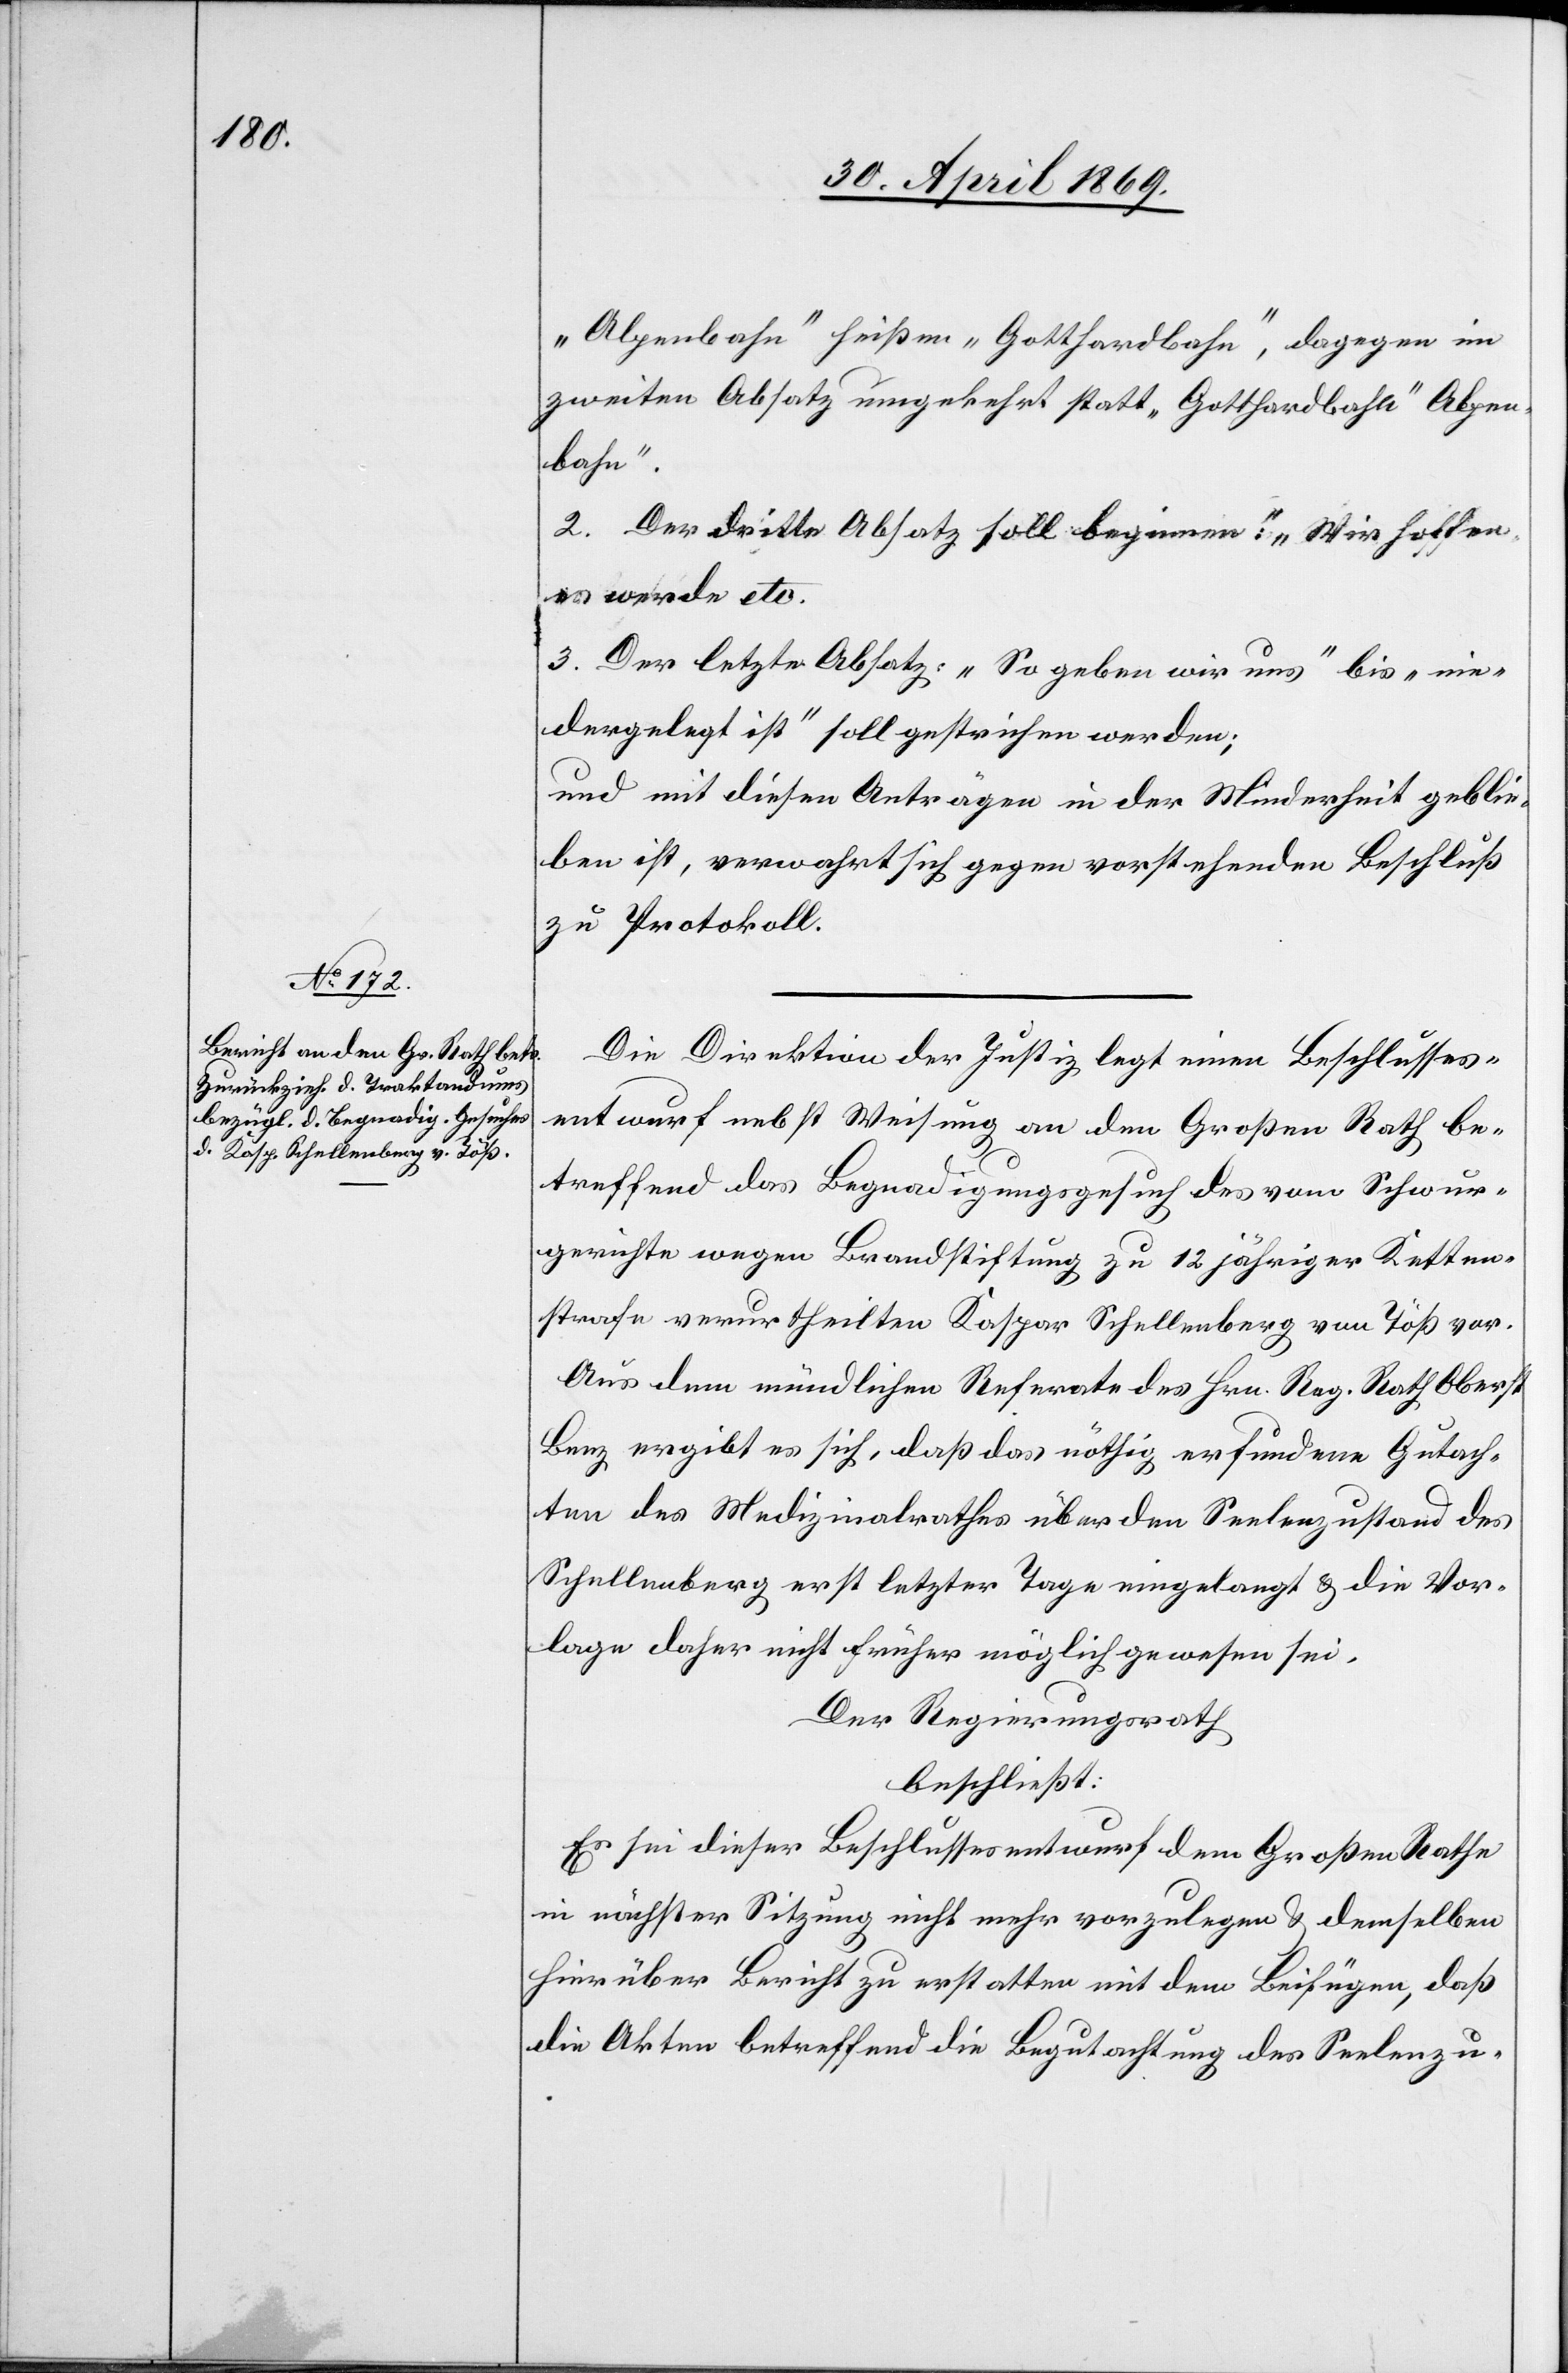
„Alpenbahn“ heißen „Gotthardbahn“, dagegen im
zweiten Absatz umgekehrt statt „Gotthardbahn“ Alpen¬
bahn.
2. Der dritte Absatz soll beginnen: „Wir hoffen
es werde etc.“
3. Der letzte Absatz: „So geben wir uns“ bis „nie¬
dergelegt ist“ soll gestrichen werden;
und mit diesen Anträgen in der Minderheit geblie¬
ben ist, verwahrt sich gegen vorstehenden Beschluß
zu Protokoll.
Die Direktion der Justiz legt einen Beschlusses¬
entwurf nebst Weisung an den Großen Rath be¬
treffend das Begnadigungsgesuch des vom Schwur¬
gerichte wegen Brandstiftung zu 12 jähriger Ketten¬
strafe verurtheilten Kaspar Schellenberg von Töß vor.
Aus dem mündlichen Referate des Hrn. Reg. Rath Oberst
Benz ergibt sich, daß das nöthige erfundene Gutach¬
ten des Medizinalrathes über den Seelenzustand des
Schellenberg erst letzter Tage eingelangt u. die Vor¬
lage daher nicht früher möglich gewesen sei.
Der Regierungsrath
beschließt:
Es sei dieser Beschlussesentwurf dem Großen Rathe
in nächster Sitzung nicht mehr vorzulegen u. demselben
hierüber Bericht zu erstatten mit dem Beifügen, daß
die Akten betreffend die Begutachtung des Seelenzu-